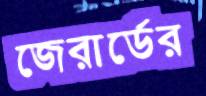
জেরার্ডের